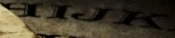
HIJK